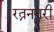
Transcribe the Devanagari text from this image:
रत्ननगरी